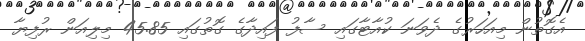
އެގޮތުން މިއަހަރުގެ ދެވަނަ ކުއާޓާގައި ސާފު ފައިދާގެ ގޮތުގައި 45.85 މިލިއަން ރުފިޔާ